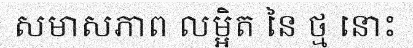
សមាសភាព លម្អិត នៃ ថ្ម នោះ